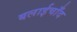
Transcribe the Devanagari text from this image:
बलाईचाँद